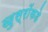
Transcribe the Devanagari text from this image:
खुस्रोंकडे